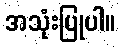
အသုံးပြုပါ။